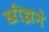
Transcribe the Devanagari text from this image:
खीझने